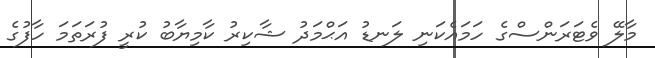
މާލޭ ވެޓަރަންސްގެ ހަމައެކަނި ލަނޑު އަޙްމަދު ޝާކިރު ކާމިޔާބު ކުރީ ފުރަތަމަ ހާފުގެ